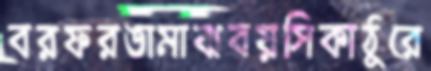
বরফরঙামাঝবয়সিকাঠুরে